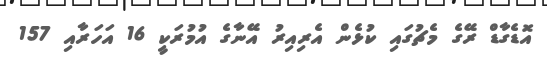
އޮޑެގާޑް ރޭގެ މެޗުގައި ކުޅެން އެރިއިރު އޭނާގެ އުމުރަކީ 16 އަހަރާއި 157